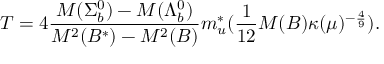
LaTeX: T = 4 \frac { M ( \Sigma _ { b } ^ { 0 } ) - M ( \Lambda _ { b } ^ { 0 } ) } { M ^ { 2 } ( B ^ { * } ) - M ^ { 2 } ( B ) } m _ { u } ^ { * } ( \frac { 1 } { 1 2 } M ( B ) \kappa ( \mu ) ^ { - \frac { 4 } { 9 } } ) \/ .